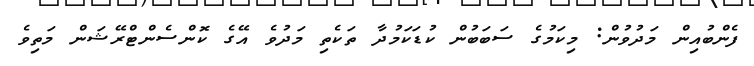
ފެންބުއިން މަދުވުން: މިކަމުގެ ސަބަބުން ކުޑަކަމުދާ ތަކެތި މަދުވެ އޭގެ ކޮންސެންޓްރޭޝަން މަތިވެ